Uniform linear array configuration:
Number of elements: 24
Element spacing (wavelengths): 1
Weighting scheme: exponential
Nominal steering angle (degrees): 30
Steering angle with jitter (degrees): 28.724
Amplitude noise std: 0.05
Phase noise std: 0.05

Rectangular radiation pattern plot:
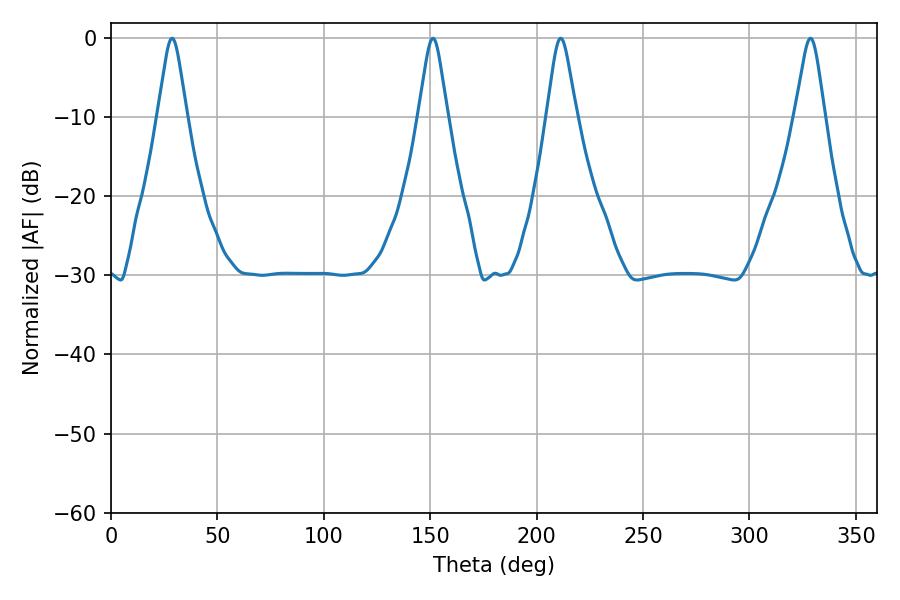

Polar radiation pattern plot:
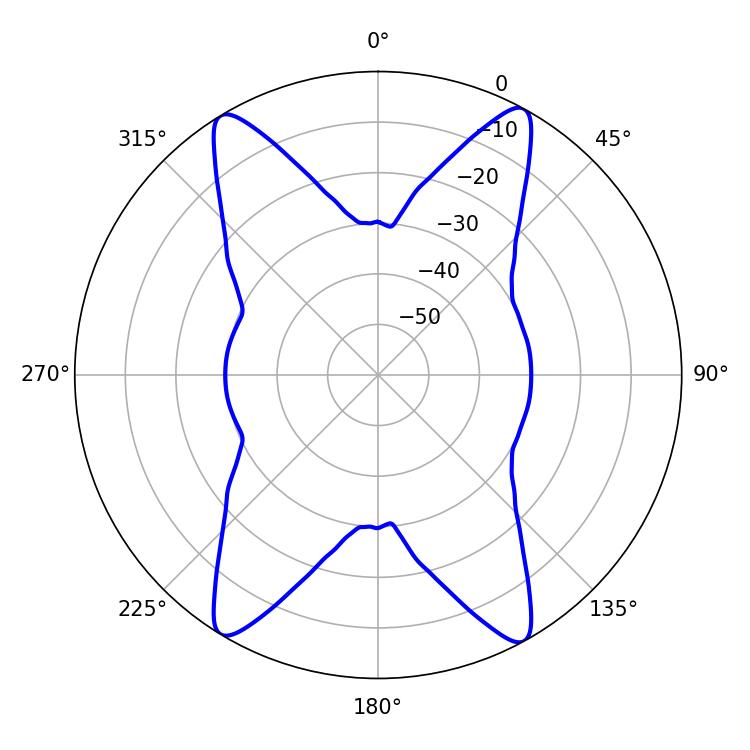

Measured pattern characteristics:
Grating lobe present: TRUE
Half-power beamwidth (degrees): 6.66
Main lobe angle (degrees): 211.32